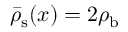
\bar { \rho } _ { \mathrm { { s } } } ( x ) = 2 \rho _ { \mathrm { { b } } }